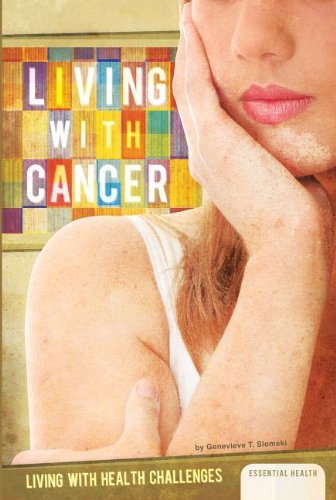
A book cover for Living with Cancer (Living With Health Challenges); Genevieve T. Slomski; Teen & Young Adult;